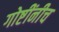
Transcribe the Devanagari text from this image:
गोष्टींनीच